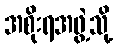
အစိုးရအဖွဲ့သို့